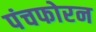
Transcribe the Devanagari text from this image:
पंचफोरन